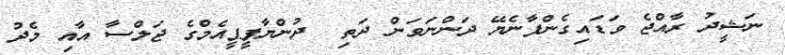
ނަޝީދު ރާއްޖެ ވަަޑައިގެންފާނެޔޭ ދަންނަވަން ދަތި  ދުންޔާޕީޕީއެމްގެ ޖަލްސާ އާއި މެދު